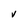
Character: V